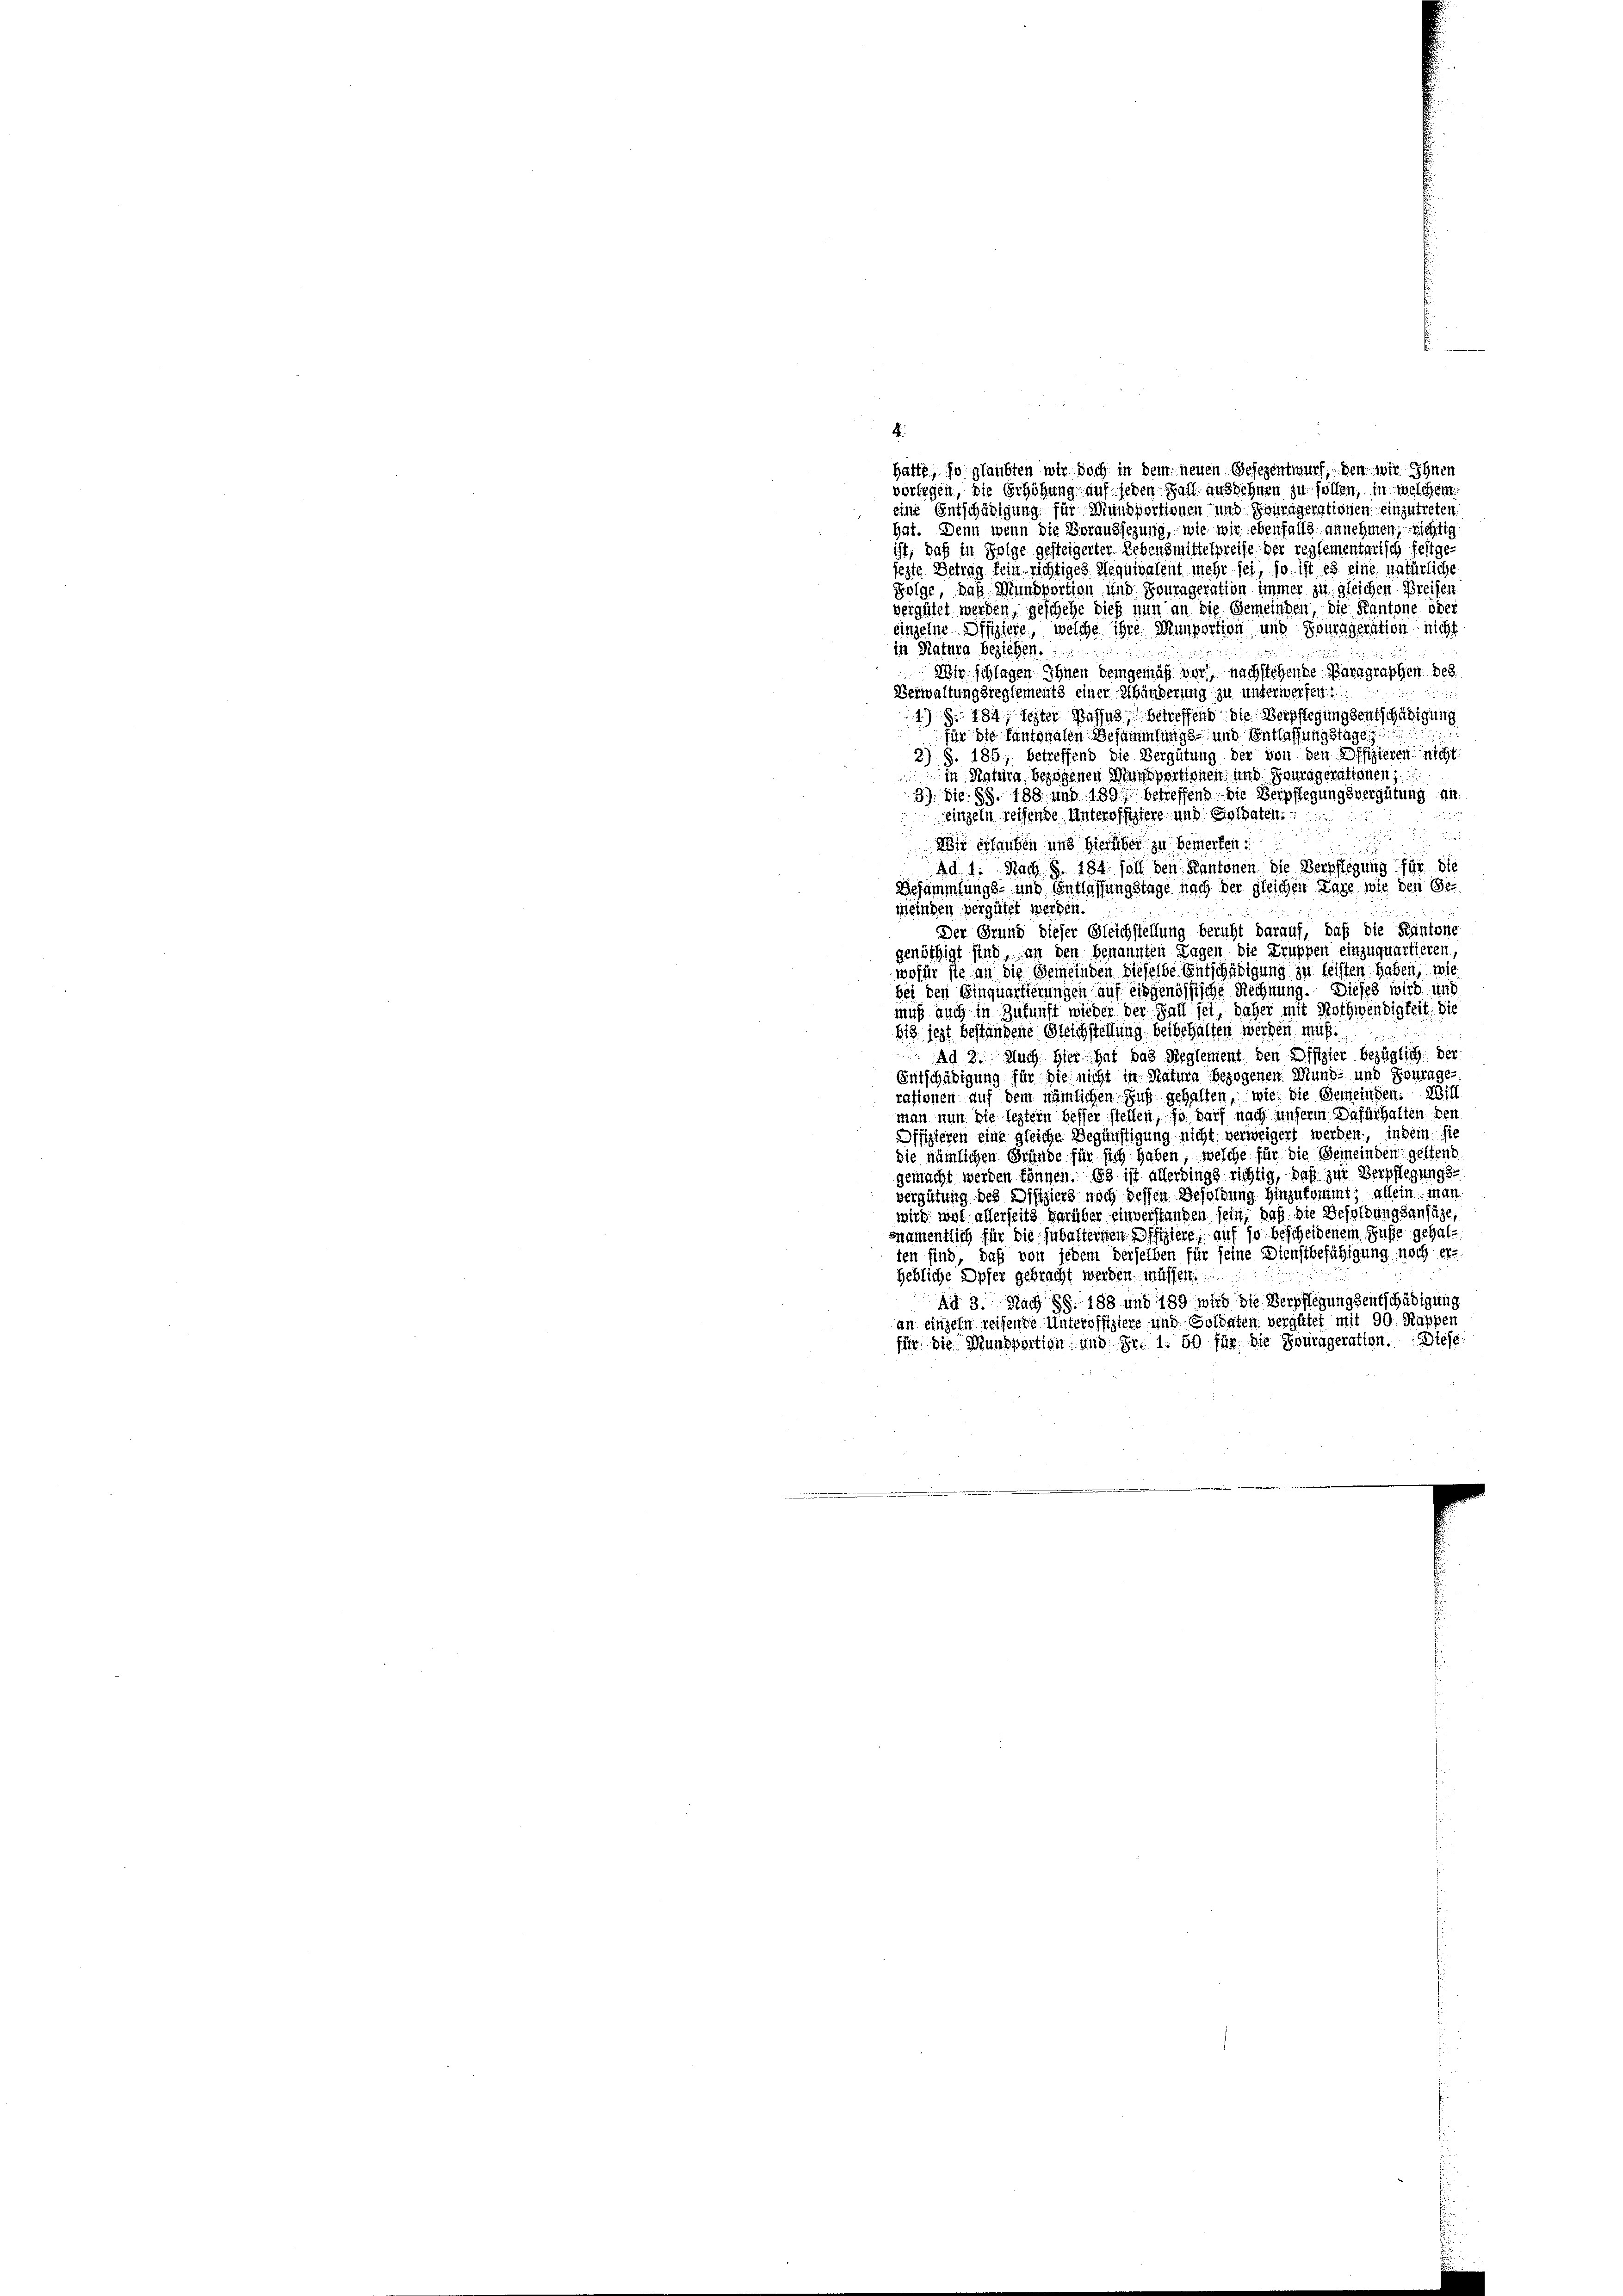
4
hatte, so glaubten wir doch in dem neuen Gesezentwurf, den wir Ihnen
vorlegen, die Erhöhung auf jeden Fall ausdehnen zu sollen, in welchem
eine Entschädigung für Mansportionen und Fouragerationen einzutreten.
hat. Denn wenn die Voraussezung, wie wir ebenfalls annehmen; richtig
ist, daß in Folge gesteigerter Lebensmittelpreise der reglementarisch festgejezte Betrag fein richtiges Requivalent mehr sei, so ist es eine natürliche
Folge, daß Munsportion und Sourageration immer zu gleichen Breisen
vergütet werden, geschehe dies nun an die Gemeinden, die Kantone oder
einzelne Offiziere, welche ihre Munportion und Fourageration nicht
in Natura beziehen.
Wir schlagen Ihnen demgemäß vor, nachstehende Paragraphen des
Berwaltungsreglements einer Schänderung zu unterwerfen.2
1) § 184, lezter Passus, betreffend die Verpflegungsentschädigung
für die Kantonalen Besammlungs- und Entlassungstage
2) S. 185; betreffend die Vergütung der von den Offizieren nicht
in Intern bezogenen Mansportinsten, und Fouragerationen,
3.) Die §§. 188 und 1891 betreffend die Verpflegungsvergütung an
eingeln reihende Unteroffiziere, und Goldaten
2
e
Wie erlauben und hierüber zu bemerken
ad 1. Nach § 184 soll den Kantonen die Verpflegung für die
Besammlungs- und Entlassungstage nach der gleichen Tage wie den Gemeinden vergütet werden.
Der Grund dieser Gleichstellung beruht darauf, daß die Kantone
genöthigt sind, an den benannten Lagen die Truppen einzuquartieren,
wofür sie an die Gemeinden dieselbe Entschädigung zu leisten haben, wie
bei den Einquartierungen auf eingenössische Rechnung. Dieses wird und
muß auch in Zukunft wieder der Fall sei, daher mit Nothwendigkeit. Die
bis jezt bestandene Gleichstellung beibehalten werden muß.
Ad 2. Auch hier hat das Reglement den Offizier bezüglich der
Entschädigung für die nicht in Natura bezogenen Mund- und Fourage-
rationen auf dem nämlichen Fuß gehalten, wie die Gemeinden. Will
man nun die leztern besser stellen, so darf nach unserm Dafürhalten den
Offizieren eine gleiche Begünstigung nicht verweigert werden, indem sie
die nämlichen Gründe für sich haben, welche für die Gemeinden geltend
gemacht werden können. Es ist allerdings richtig, daß zur Verpflegungsvergütung des Offiziers noch dessen Besoldung hinzukommt; allein man
wird wol allerseits darüber einverstanden sein, daß die Besoldungsansäge,
snamentlich für die subalternen Offiziere, auf so bescheidenem Fusse gehalten sind, daß von jedem derselben für seine Dienstbefähigung noch erhebliche Opfer gebracht werden müssen.
Ad 3. Nach §§. 188 und 189 wird die Verpflegungsentschädigung
an einzeln reifende Unteroffiziere und Soldaten vergütet mit 90 Rappen
für die Mansportion und Fr. 1. 50 für die Fourageration. Diese